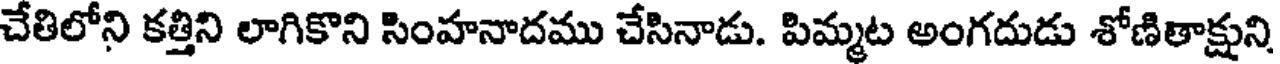
చేతిలోని కత్తిని లాగికొని సింహనాదము చేసినాడు. పిమ్మట అంగదుడు శోణితాక్షుని